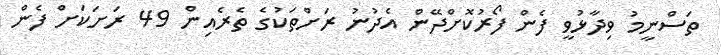
ތަސްނީމު ވިދާޅުވީ ފެން ފޯރުކޮށްދޭން އެދުނު ރަށްތަކުގެ ތެރެއިން 49 ރަށަކަށް ފެން